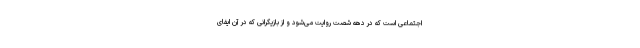
اجتماعی است که در دهه شصت روایت می‌شود و از بازیگرانی که در آن ایفای